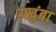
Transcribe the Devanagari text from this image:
उखुंबा